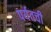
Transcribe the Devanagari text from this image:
पर्यतची